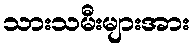
သားသမီးများအား